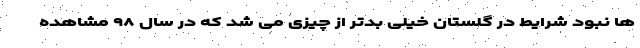
ها نبود شرایط در گلستان خیلی بدتر از چیزی می شد که در سال ۹۸ مشاهده